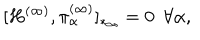
[ H ^ { ( \infty ) } , \pi _ { \alpha } ^ { ( \infty ) } ] _ { * _ { \infty } } = 0 ~ ~ \forall \alpha ,